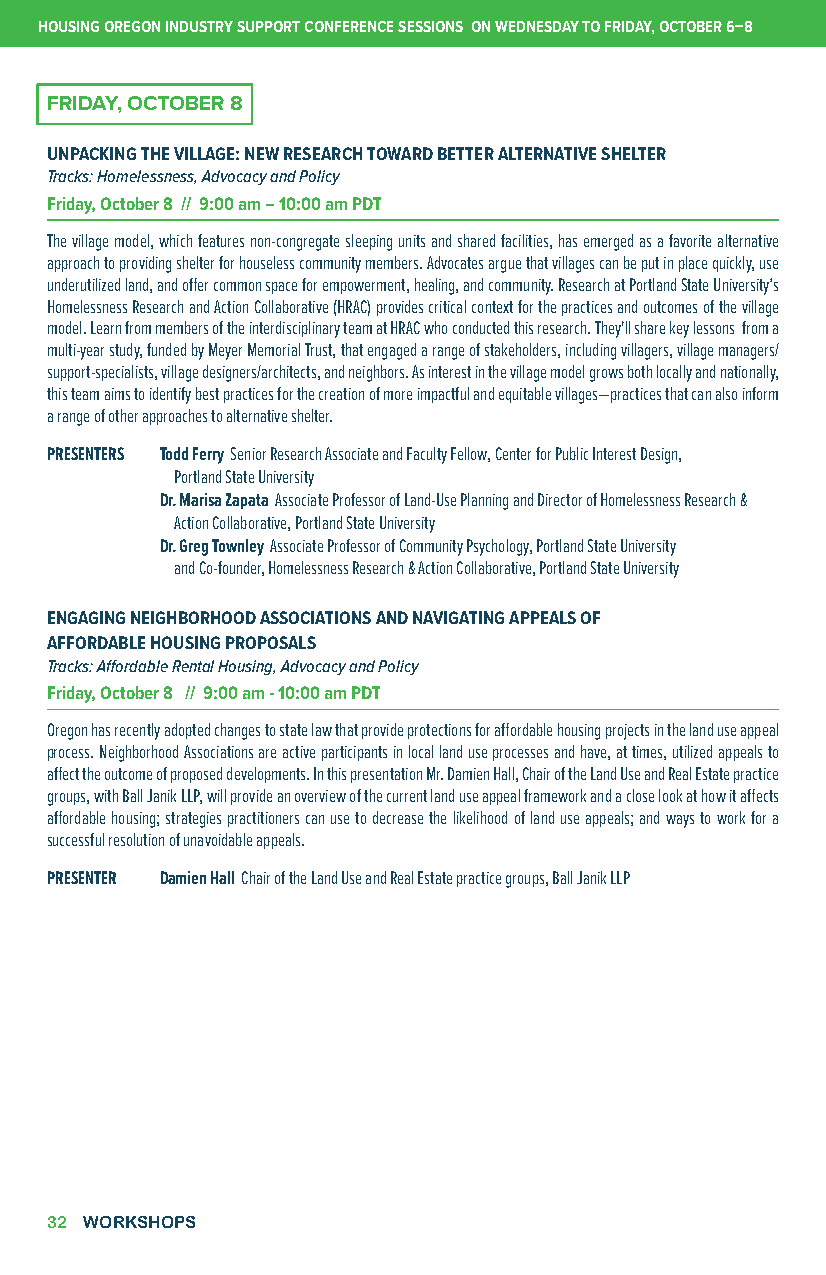
HOUSING OREGON INDUSTRY SUPPORT CONFERENCE SESSIONS ON WEDNESDAY TO FRIDAY, OCTOBER 6–8
 FRIDAY, OCTOBER 8
 UNPACKING THE VILLAGE: NEW RESEARCH TOWARD BETTER ALTERNATIVE SHELTER
 Tracks: Homelessness, Advocacy and Policy
 Friday, October 8 // 9:00 am – 10:00 am PDT
 The village model, which features non-congregate sleeping units and shared facilities, has emerged as a favorite alternative
 approach to providing shelter for houseless community members. Advocates argue that villages can be put in place quickly, use
 underutilized land, and offer common space for empowerment, healing, and community. Research at Portland State University’s
 Homelessness Research and Action Collaborative (HRAC) provides critical context for the practices and outcomes of the village
 model. Learn from members of the interdisciplinary team at HRAC who conducted this research. They'll share key lessons from a
 multi-year study, funded by Meyer Memorial Trust, that engaged a range of stakeholders, including villagers, village managers/
 support-specialists, village designers/architects, and neighbors. As interest in the village model grows both locally and nationally,
 this team aims to identify best practices for the creation of more impactful and equitable villages—practices that can also inform
 a range of other approaches to alternative shelter.
 PRESENTERS Todd Ferry Senior Research Associate and Faculty Fellow, Center for Public Interest Design,
 Portland State University
 Dr. Marisa Zapata Associate Professor of Land-Use Planning and Director of Homelessness Research &
 Action Collaborative, Portland State University
 Dr. Greg Townley Associate Professor of Community Psychology, Portland State University
 and Co-founder, Homelessness Research & Action Collaborative, Portland State University
 ENGAGING NEIGHBORHOOD ASSOCIATIONS AND NAVIGATING APPEALS OF
 AFFORDABLE HOUSING PROPOSALS
 Tracks: Affordable Rental Housing, Advocacy and Policy
 Friday, October 8 // 9:00 am - 10:00 am PDT
 Oregon has recently adopted changes to state law that provide protections for affordable housing projects in the land use appeal
 process. Neighborhood Associations are active participants in local land use processes and have, at times, utilized appeals to
 affect the outcome of proposed developments. In this presentation Mr. Damien Hall, Chair of the Land Use and Real Estate practice
 groups, with Ball Janik LLP, will provide an overview of the current land use appeal framework and a close look at how it affects
 affordable housing; strategies practitioners can use to decrease the likelihood of land use appeals; and ways to work for a
 successful resolution of unavoidable appeals.
 PRESENTER Damien Hall Chair of the Land Use and Real Estate practice groups, Ball Janik LLP
 32 WORKSHOPS